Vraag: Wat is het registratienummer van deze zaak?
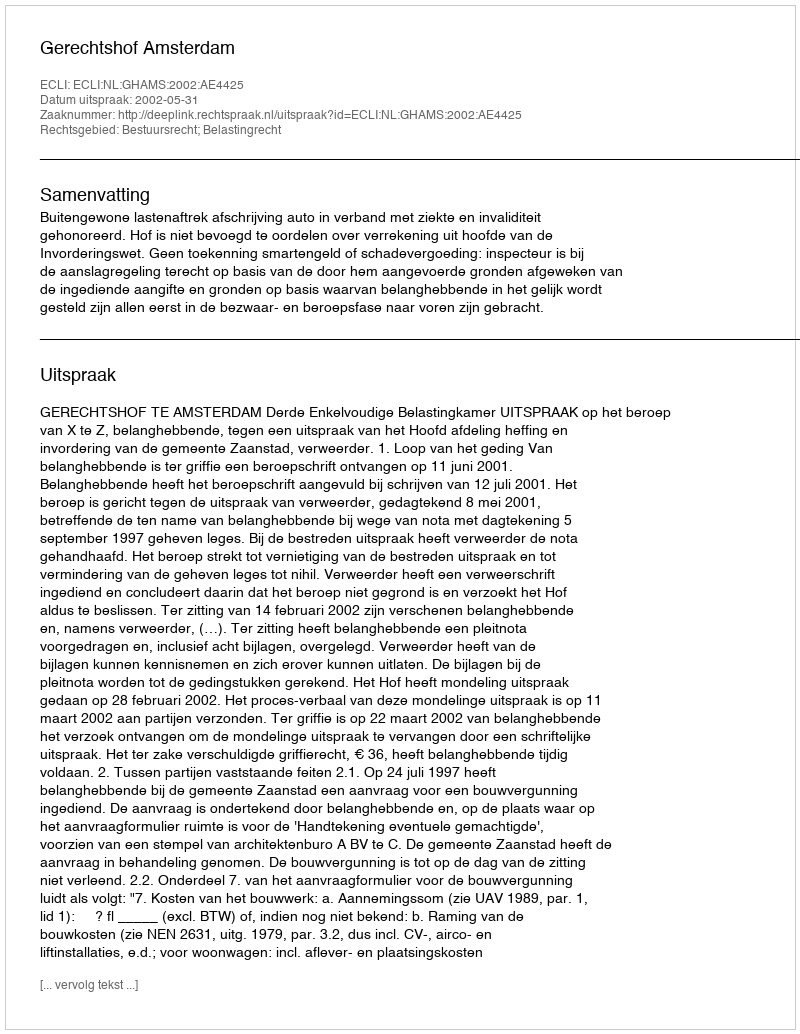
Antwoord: http://deeplink.rechtspraak.nl/uitspraak?id=ECLI:NL:GHAMS:2002:AE4425